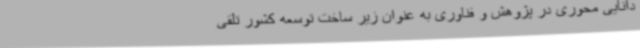
دانایی محوری در پژوهش و فناوری به عنوان زیر ساخت توسعه کشور تلقی